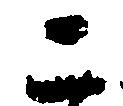
二